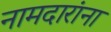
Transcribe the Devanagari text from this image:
नामदारांना